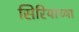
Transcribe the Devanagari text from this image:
सिरियाच्या